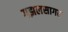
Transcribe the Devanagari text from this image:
गझलसागर